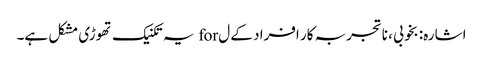
اشارہ: بخوبی ، ناتجربہ کار افراد کے ل for یہ تکنیک تھوڑی مشکل ہے۔